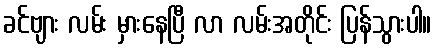
ခင်ဗျား လမ်း မှားနေပြီ လာ လမ်းအတိုင်း ပြန်သွားပါ။